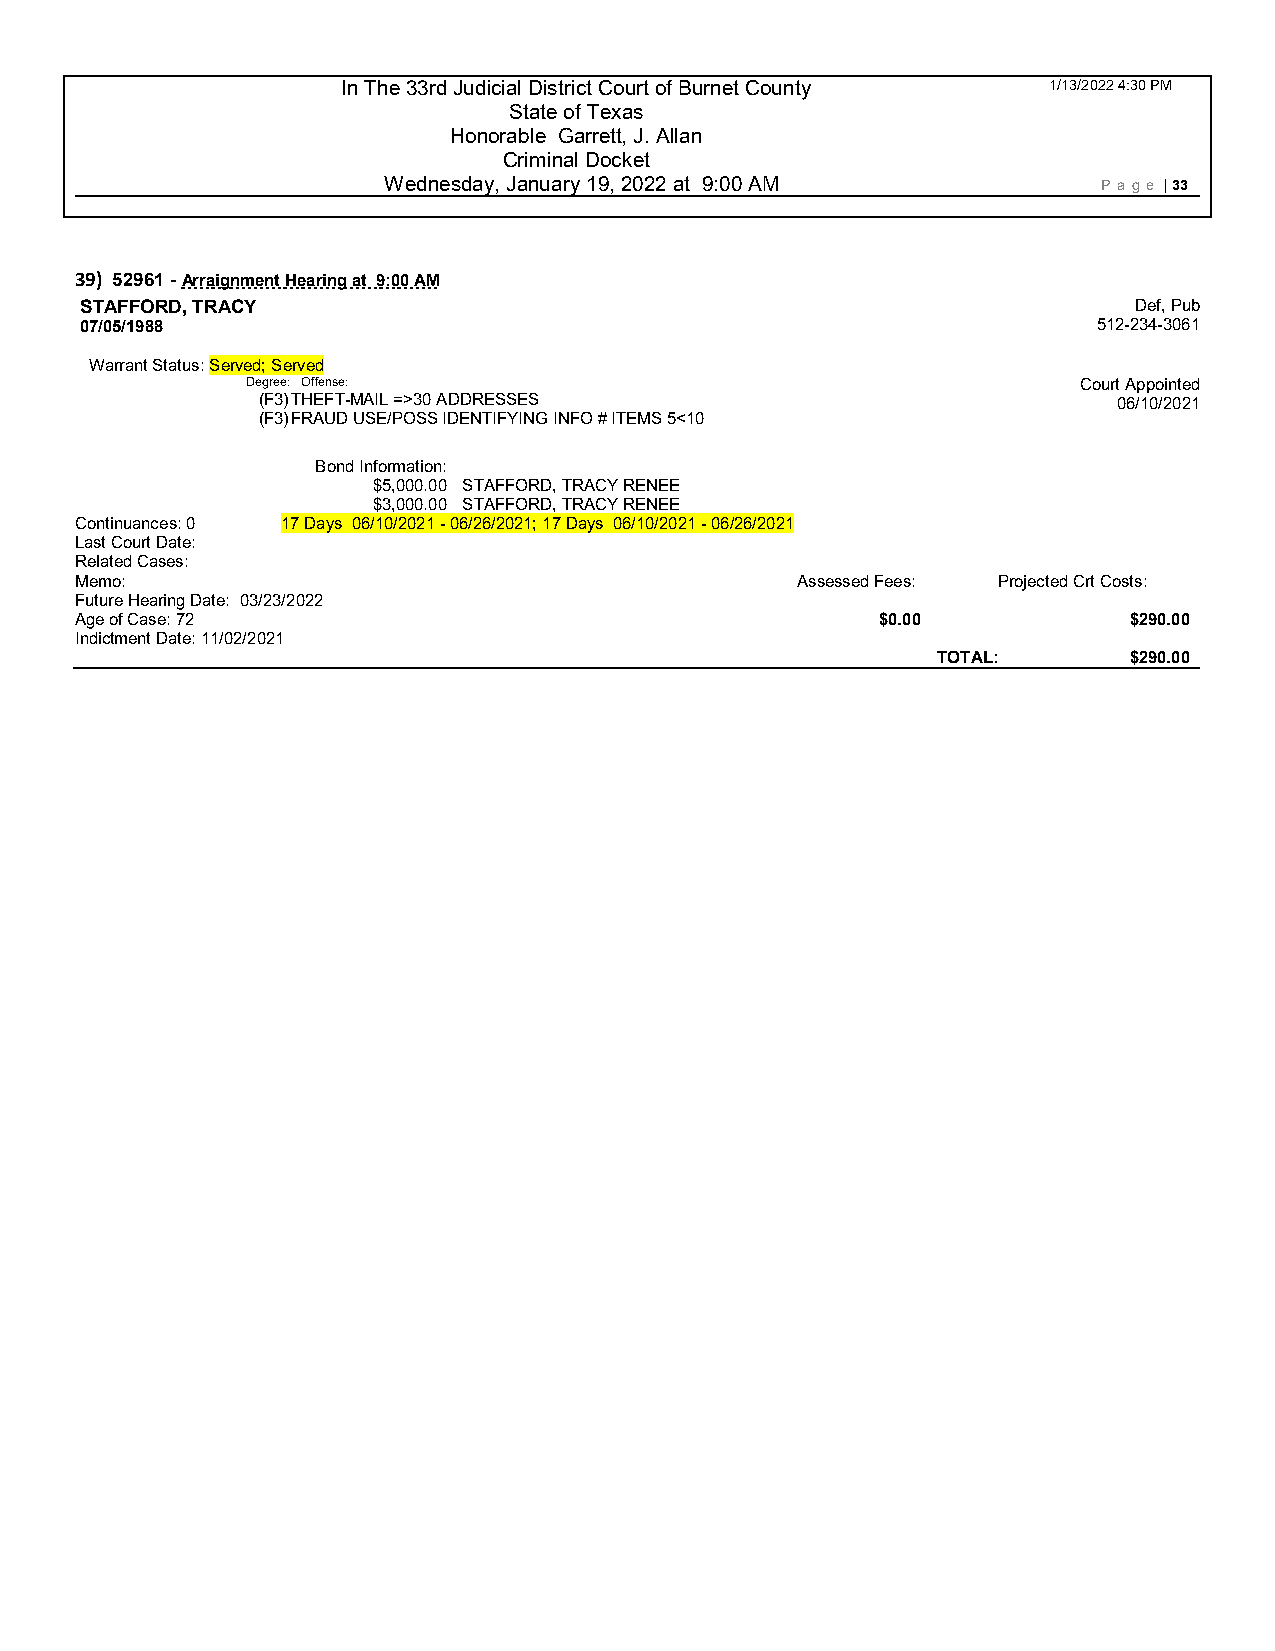
In The 33rd Judicial District Court of Burnet County 1/13/2022 4:30 PM
 State of Texas
 Honorable Garrett, J. Allan
 Criminal Docket
 Wednesday, January 19, 2022 at 9:00 AM          P age | 33
 39) 52961 - Arraignment Hearing at 9:00 AM
 STAFFORD, TRACY                                                       Def, Pub
 07/05/1988                                                          512-234-3061
 Warrant Status: Served; Served
 Degree: Offense:                                       Court Appointed
 (F3) THEFT-MAIL =>30 ADDRESSES                           06/10/2021
 (F3) FRAUD USE/POSS IDENTIFYING INFO # ITEMS 5<10
 Bond Information:
 $5,000.00 STAFFORD, TRACY RENEE
 $3,000.00 STAFFORD, TRACY RENEE
 Continuances: 0 17 Days 06/10/2021 - 0 6/26/2021; 17 Days 06/10/2021 - 06/26/2021
 Last Court Date:
 Related Cases:
 Memo:                                           Assessed Fees: Projected Crt Costs:
 Future Hearing Date: 03/23/2022
 Age of Case: 72                                      $0.00            $290.00
 Indictment Date: 11/02/2021
 TOTAL:       $290.00